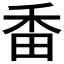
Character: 𤱜